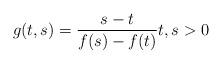
LaTeX: \begin{align*}g(t,s)=\frac{s-t}{f(s)-f(t)}t,s>0\end{align*}